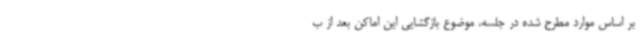
بر اساس موارد مطرح شده در جلسه، موضوع بازگشایی این اماکن بعد از ب